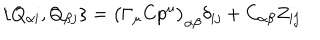
\{ Q _ { \alpha i } , Q _ { \beta j } \} = \bigl ( \Gamma _ { \mu } C p ^ { \mu } \bigr ) _ { \alpha \beta } \delta _ { i j } + C _ { \alpha \beta } Z _ { i j }